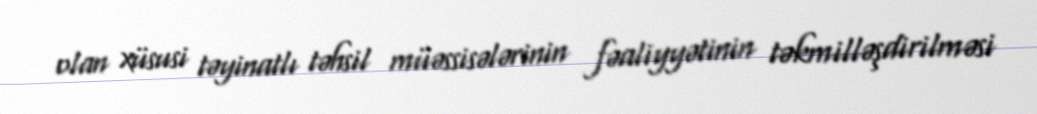
olan xüsusi təyinatlı təhsil müəssisələrinin fəaliyyətinin təkmilləşdirilməsi